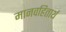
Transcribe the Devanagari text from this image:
मानवहितार्थ